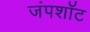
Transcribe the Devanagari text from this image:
जंपशॉट